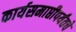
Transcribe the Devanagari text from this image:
कार्यसमाप्तीपर्यंतचे